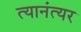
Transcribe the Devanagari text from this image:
त्यानंत्यर